Report of the Municipal Commissioner on the plague in Bombay for the year ending 31st May... - Volume 2
Disease focus: Plague
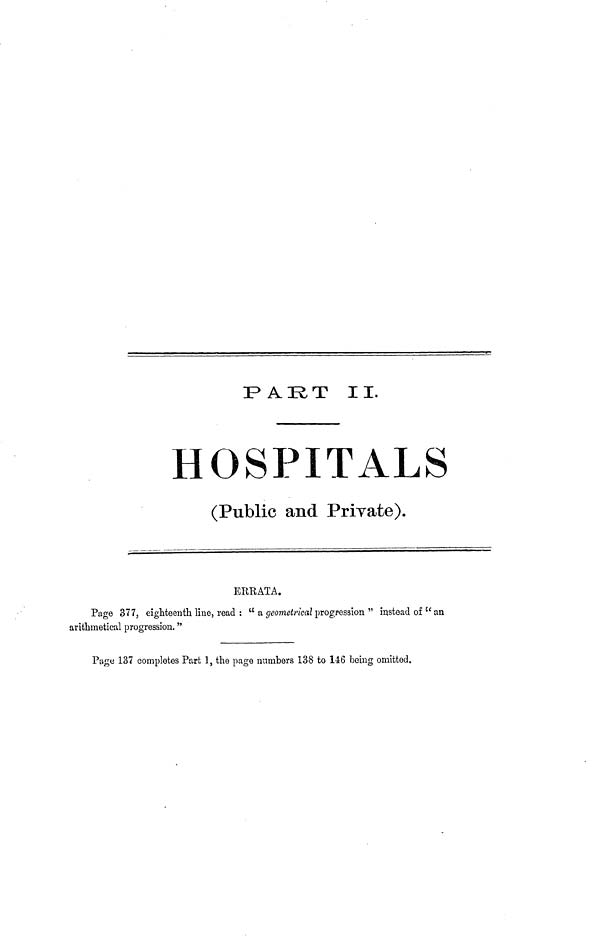
PART II.
HOSPITALS
(Public and Priyate).
ERRATA.
Page 377, eighteenth line, read : " a geometrical progression " instead of Cc an
arithmetical progression."
Puge 137 completes Part 1, the page numbers 138 to 146 being omitted.